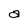
Character: a